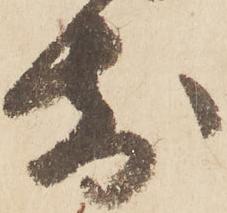
前